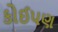
કોઈ૫ણ